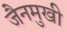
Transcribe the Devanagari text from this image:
जैनमुखी